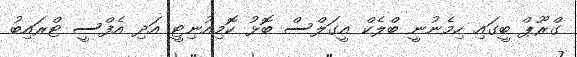
ގްރޫޕް ބީގައި ހިމެނުނީ ބްލެކް އީގަލްސް ބޮޅު ކޮމިއުނިޓީ އަދި އެފްސީ ޓްރައިބު